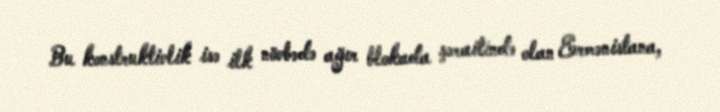
Bu konstruktivlik isə ilk növbədə ağır blokada şəraitində olan Ermənistana,